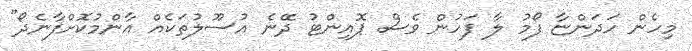
މިހެން ހަދަންޏާ ފޯމު ލާ ފަހުން ވެސް ޕޮއިންޓު ދޭނެ އުސޫލުތަކެއް އާންމުކޮށްފާނެދޯ"